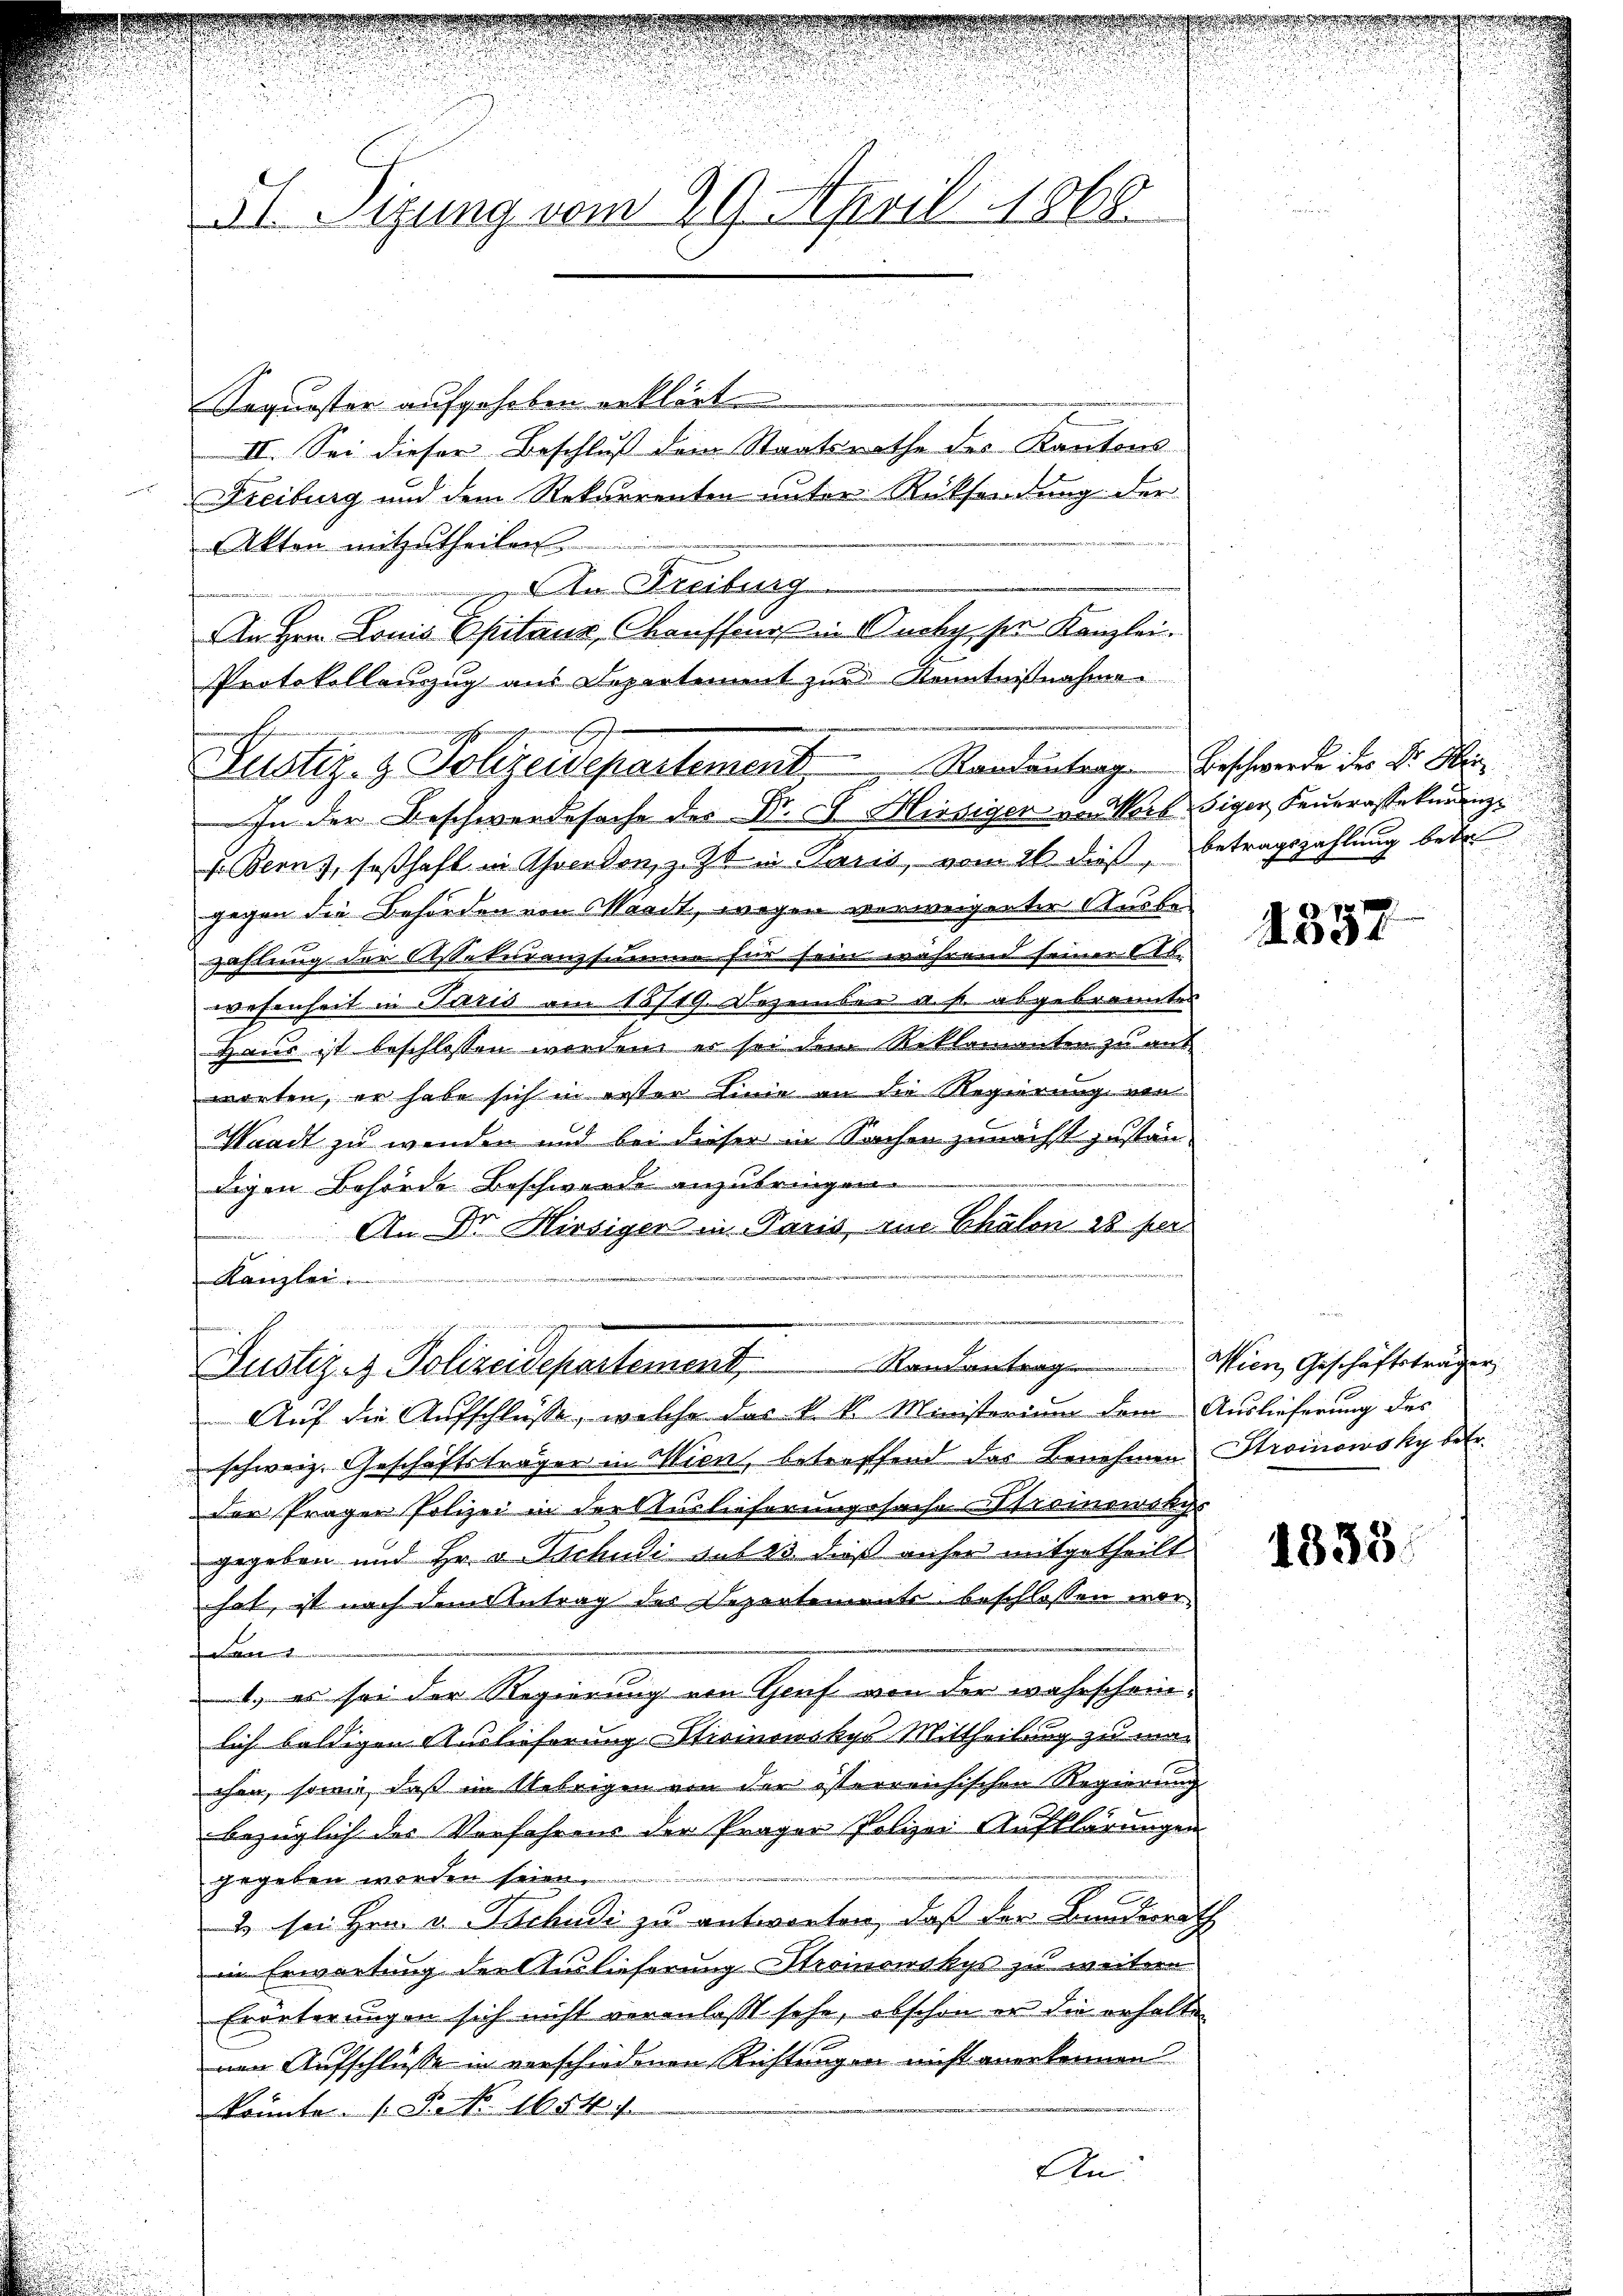
51 Sizung vom 29. April 1868.

Justiz- & Polizeidepartement     "    Randantragen Beschwerde des Dr. Hin

Sequester aufgehoben erklärt.
II. Sei dieser Beschluß dem Staatsrathe des Kantons
Freiburg und dem Rekurrenten unter Rücksendung der
Akten mitzutheilen.
 m Freiburg
An Hrn. Louis Spitaur, Chauffeur in Ouchy ser Kanzlei.
Protokollanzug aus Separtement zur Kenntnißnahme.

.

In der Beschwerdesache der Dr. F. Hiesiger in Wort siger Feuerassekuranz
f. Bern, seßhaft in Averdon, z. Zt. in Paris, vom 26. dieß, Betragszahlung betr
gegen die Behörden von Waadt, wogen verweigerter Ausbe¬
Zahlung der Assekuranzsumme für sein während seiner Ab-
wesenheit in Paris am 15719. Dezember a. p. abgebrannten
Haus ist beschlossen werden er sei dem Reklamanten zu auf
worten, er habe sich in erster Linie an die Regierung von
Standt zu wenden und bei dieser in Sachen zunächst zustän-
digen Behörde Beschwerde anzubringen.
An Dr. Hirsiger in Paris, im Chalen 28 per
4
Kanzlei.
Justiz- & Polizeidepartement.   Randantrag. Wien, Geschäftsträgen
Auf die Aufschlüsse, welche das k. k. Ministerium dem Auslieferung des
schweiz. Geschäftsträger in Wien, betreffend das Benehmen Stroinowsky betr.
der Präger Polizei in der Auslieferungssache Stroinowskys
gegeben und Hr. v. Tschudi sub 23 dieß anher mitgetheilt
hat, ist nach dem Antrag des Departemente beschlossen woran 2
1. es sei der Regierung von Genf von der wahrscheinlich baldigen Auslieferung sticinowskys Mittheilung zu machen, sowie, daß im Uebrigen von der österreichischen Regierung
bezüglich der Vorfahrens der Präger Polizei Aufklärungen
gegeben werden seien.
2 sei Hrn. v. Pachudi zu antworten, daß der Bundesrath
in Erwartung der Auslieferung Stroinowskys zu weitern
Erörterungen sich nicht veranlasst sehe, abschon er die erhalten
nen Aufschlüsse in verschiedenen Richtungen nicht anerkennen.
e
konnte. Frk. 1654. 1
An

.
i

1337

1838.